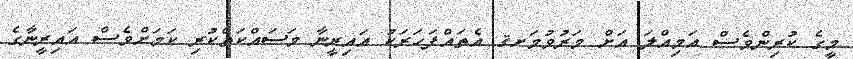
މީގެ ކުރިންވެސް އަމިއްލަ އަށް މަރުވުމަށޤ އެތައްފަހަރަކު އައިރީނާ މަސައްކަތްކުރި ކަމަށްވެސް އައިރީނާގެ